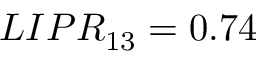
L I P R _ { 1 3 } = 0 . 7 4